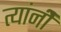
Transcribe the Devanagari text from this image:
त्यांनीेे